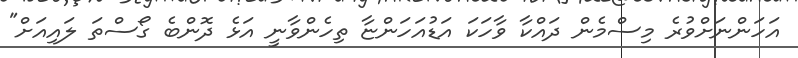
އަހަންނަށްވުރެ މިސްމެން ދައްކާ ވާހަކަ އަޑުއަހަންޏާ ތިހެންވާނީ އަޅެ ދޮންބެ ގޯސްތަ ލައިއަށް"